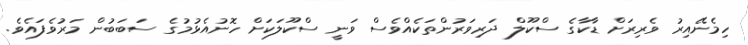
ހިމެނޭއިރު ވެރިރަށް ޑާކާގެ ސްކޫލް ދަރިވަރުންތަކެއްވެސް ވަނީ ސްކޫލަކަށް ހޮނުއެޅުމުގެ ސަބަބުން މަރުވެފައެވެ.